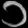
Digit: ၁